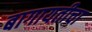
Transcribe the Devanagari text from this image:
बागायतीचा